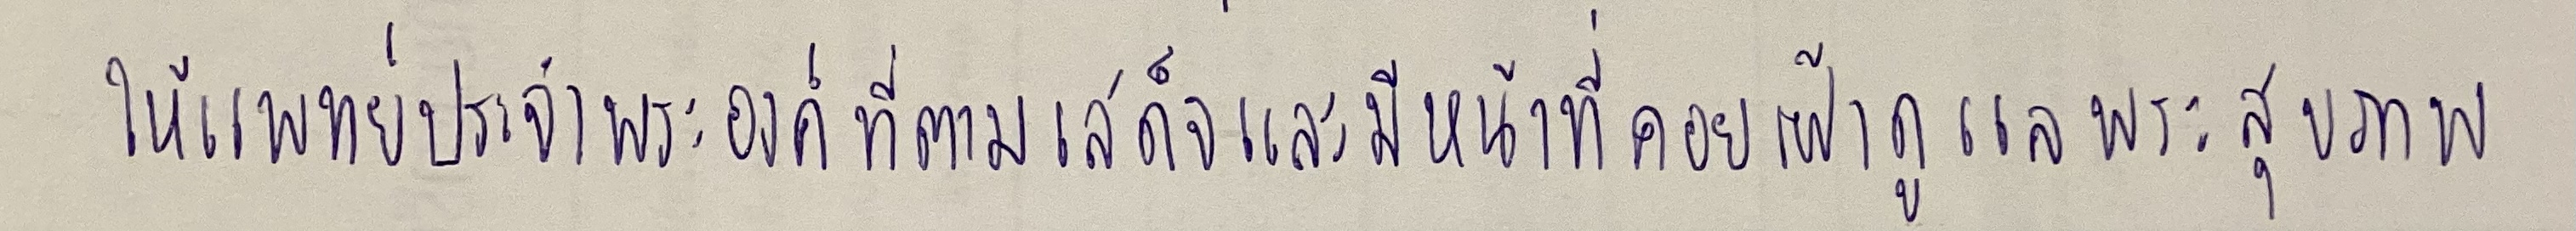
ให้แพทย์ประจำพระองค์ที่ตามเสด็จและมีหน้าที่คอยเฝ้าดูแลพระสุขภาพ